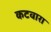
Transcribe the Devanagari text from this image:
कटवारा